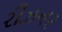
રીઝનર